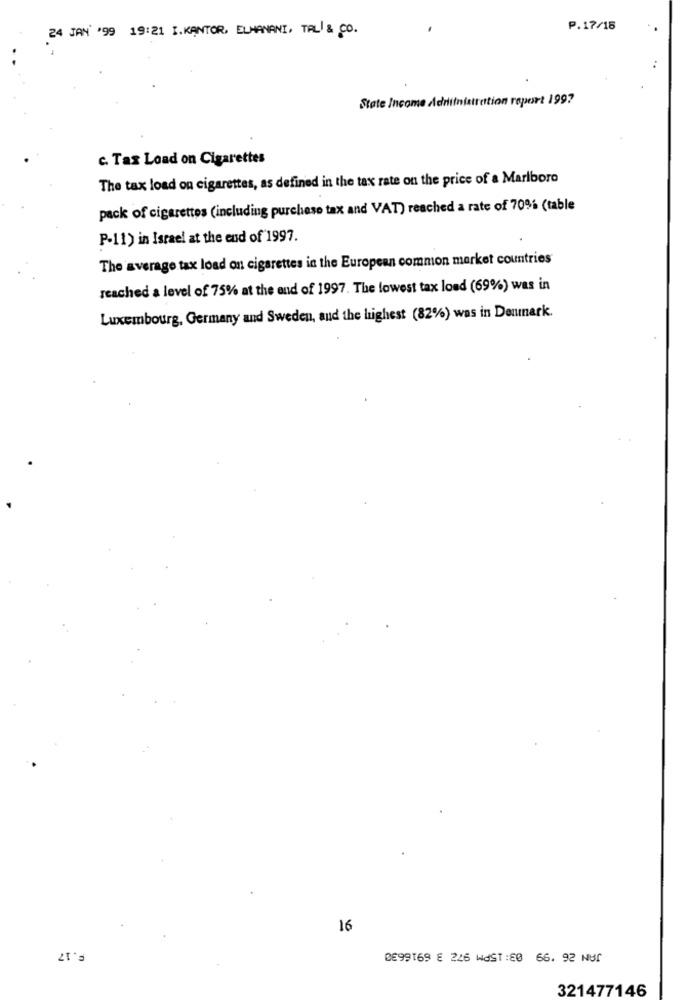
24 JAN '99 19:21 I.KANTOR, ELHANANI, TALI & CO.
P.17/15
State Income Adniifnistration report 1997
c. Taz Load on Cigarettes
The tax load on cigarettes, as defined in the tax rate on the price of a Marlboro
pack of cigarettes (including purchase tax and VAT) reached a rate of 70% (table
P-11) in Israel at the end of 1997.
The average tax load on cigarettes in the European common market countries
reached a level of 75% at the end of 1997. The lowest tax loud (69%) was in
Luxembourg, Germany and Sweden, and the highest (82%) was in Denmark.
16
F.17
0E99169 € 226 WAST:80 66. 92 NUT
321477146